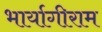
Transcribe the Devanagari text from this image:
भार्यागीराम